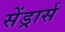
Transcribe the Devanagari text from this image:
सेंड्रार्स